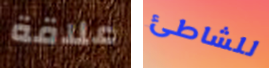
علاقة للشاطئ